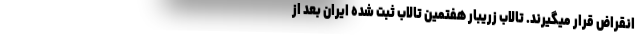
انقراض قرار میگیرند. تالاب زریبار هفتمین تالاب ثبت شده ایران بعد از